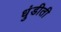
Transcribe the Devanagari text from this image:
धुंडीती